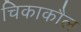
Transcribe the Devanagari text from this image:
चिकाकौल